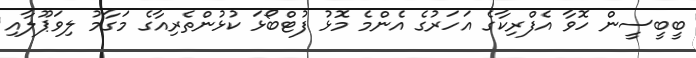
ބީބީސީން ހޮވާ އެފްރިކާގެ އަހަރުގެ އެންމެ މޮޅު ފުޓްބޯޅަ ކުޅުންތެރިއާގެ މަގާމު ލިވަޕޫލާއި